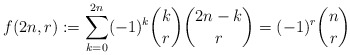
\begin{align*} f(2n,r):=\sum_{k=0}^{2n} (-1)^k \binom{k}{r}\binom{2n-k}{r}=(-1)^r\binom{n}{r}\end{align*}